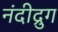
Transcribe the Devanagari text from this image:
नंदीद्रुग